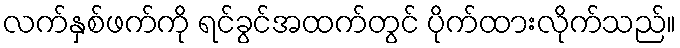
လက်နှစ်ဖက်ကို ရင်ခွင်အထက်တွင် ပိုက်ထားလိုက်သည်။